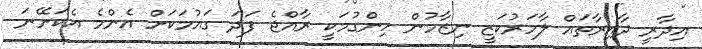
އިދާރީ ދާއިރާތައް ލާމަރުކަޒީ ނިޒާމުން ހިންގުމަކީ ރާއްޖެ ފަދަ ގައުމަކަށް އެންމެ އެކަށޭނަ